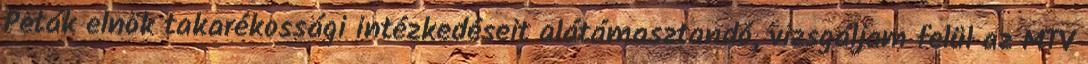
Peták elnök takarékossági intézkedéseit a­látámasztandó, vizsgáljam felül az MTV